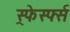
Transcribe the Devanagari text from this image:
स्र्फेर्स्फ्स